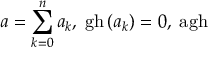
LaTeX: a = \sum _ { k = 0 } ^ { n } a _ { k } , \; \mathrm { g h } \left( a _ { k } \right) = 0 , \; \mathrm { a g h }